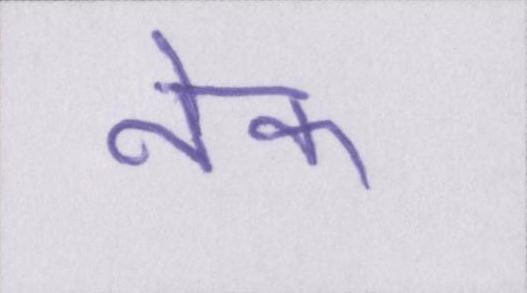
नेक